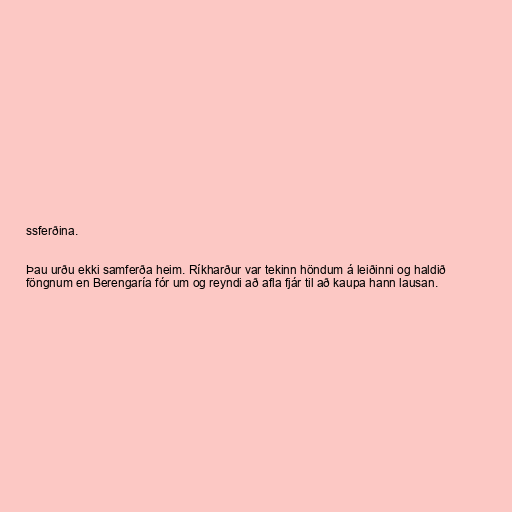
ssferðina.

Þau urðu ekki samferða heim. Ríkharður var tekinn höndum á leiðinni og haldið
föngnum en Berengaría fór um og reyndi að afla fjár til að kaupa hann lausan.